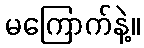
မကြောက်နဲ့။